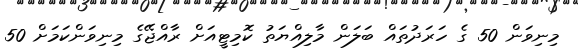
މިނިވަން 50 ގެ ހަރަދުތައް ބަލަން މާލިއްޔަތު ކޮމިޓީއަށް ރާއްޖޭގެ މިނިވަންކަމަށް 50